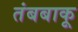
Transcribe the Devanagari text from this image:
तंबबाकू